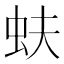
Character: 蚨